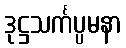
ဒုဋ္ဌသင်္ကပ္ပမနာ